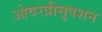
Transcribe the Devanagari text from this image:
ओवरप्रीसृपशन